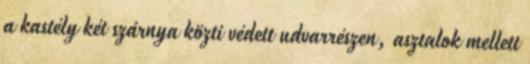
a kastély két szárnya közti védett udvarrészen, asztalok mellett